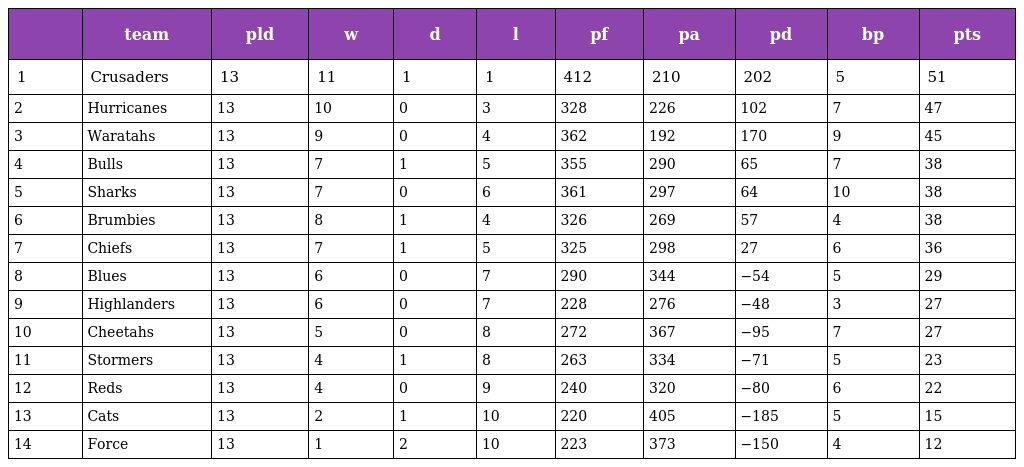
|  | team | pld | w | d | l | pf | pa | pd | bp | pts |
 | --- | --- | --- | --- | --- | --- | --- | --- | --- | --- | --- |
 | 1 | Crusaders | 13 | 11 | 1 | 1 | 412 | 210 | 202 | 5 | 51 |
 | 2 | Hurricanes | 13 | 10 | 0 | 3 | 328 | 226 | 102 | 7 | 47 |
 | 3 | Waratahs | 13 | 9 | 0 | 4 | 362 | 192 | 170 | 9 | 45 |
 | 4 | Bulls | 13 | 7 | 1 | 5 | 355 | 290 | 65 | 7 | 38 |
 | 5 | Sharks | 13 | 7 | 0 | 6 | 361 | 297 | 64 | 10 | 38 |
 | 6 | Brumbies | 13 | 8 | 1 | 4 | 326 | 269 | 57 | 4 | 38 |
 | 7 | Chiefs | 13 | 7 | 1 | 5 | 325 | 298 | 27 | 6 | 36 |
 | 8 | Blues | 13 | 6 | 0 | 7 | 290 | 344 | −54 | 5 | 29 |
 | 9 | Highlanders | 13 | 6 | 0 | 7 | 228 | 276 | −48 | 3 | 27 |
 | 10 | Cheetahs | 13 | 5 | 0 | 8 | 272 | 367 | −95 | 7 | 27 |
 | 11 | Stormers | 13 | 4 | 1 | 8 | 263 | 334 | −71 | 5 | 23 |
 | 12 | Reds | 13 | 4 | 0 | 9 | 240 | 320 | −80 | 6 | 22 |
 | 13 | Cats | 13 | 2 | 1 | 10 | 220 | 405 | −185 | 5 | 15 |
 | 14 | Force | 13 | 1 | 2 | 10 | 223 | 373 | −150 | 4 | 12 |